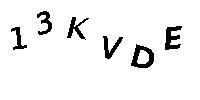
13KVDE